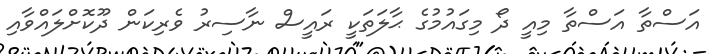
އަސްތާ އަސްތާ މިއީ ދޯ މިގައުމުގެ ޙާލަތަކީ ރައީސް ނާސިރު ވެރިކަން ދޫކޮށްލައްވާއި